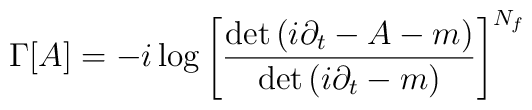
\Gamma[A]=-i\log\left[{\det\left(i\partial_t- A-m\right)\over\det\left(i\partial_t-m\right)}\right]^{N_f}